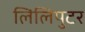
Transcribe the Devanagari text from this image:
लिलिपुटर